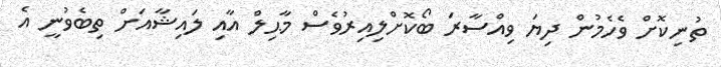
ތުނިކޮށް ވެހެމުން ދިޔަ ވިއްސާރަ ބޯކޮށްލިއިރުވެސް މާޙިލް އާއި ލައިޝާއަށް ތިބެވުނީ އެ